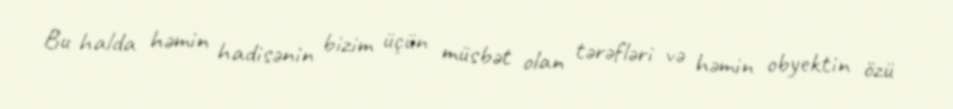
Bu halda həmin hadisənin bizim üçün müsbət olan tərəfləri və həmin obyektin özü